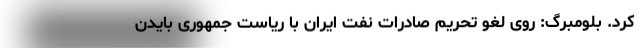
کرد. بلومبرگ: روی لغو تحریم صادرات نفت ایران با ریاست جمهوری بایدن